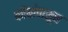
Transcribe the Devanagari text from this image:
कोंबांपासून